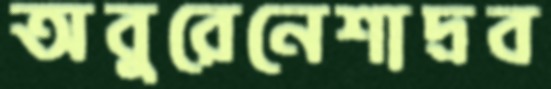
অবুরেনেশাদ্রব